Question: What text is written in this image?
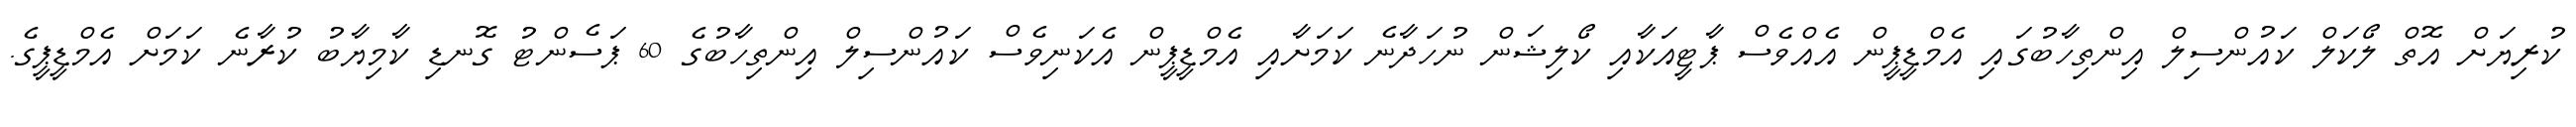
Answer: ކުރިޔަށް އޮތް ލޯކަލް ކައުންސިލް އިންތިހާބުގައި އެމްޑީޕީން އެއްވެސް ޕާޓީއަކާއި ކޯލިޝަން ނުހަދާނެ ކަމަށާއި އެމްޑީޕީން އެކަނިވެސް ކައުންސިލް އިންތިހާބުގެ 60 ޕަސެންޓު ގޮނޑި ކާމިޔާބު ކުރާނެ ކަމަށް އެމްޑީޕީގެ.